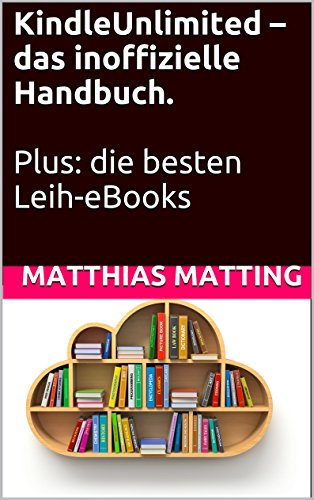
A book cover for Kindle Unlimited - das inoffizielle Handbuch. Plus: die besten Leih-eBooks (German Edition); Matthias Matting; Computers & Technology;